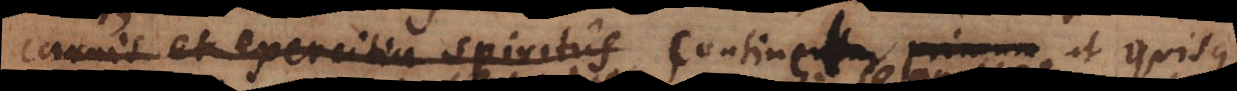
carnis et exercitia spiritus continentur, primum ut quisque